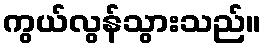
ကွယ်လွန်သွားသည်။